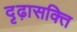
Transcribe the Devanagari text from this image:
दृढ़ासक्ति